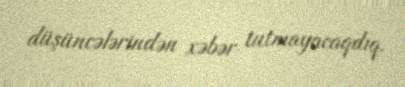
düşüncələrindən xəbər tutmayacaqdıq.